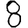
Digit: 8